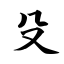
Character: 殳